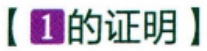
【\textcircled{1} 的证明】